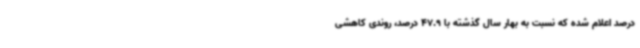
درصد اعلام شده که نسبت به بهار سال گذشته با 47.9 درصد، روندی کاهشی